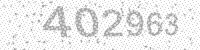
Solution: 402963